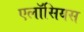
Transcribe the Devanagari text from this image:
एलॉसियस